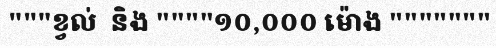
"""ខ្វល់  និង """"១០,០០០ ម៉ោង """""""